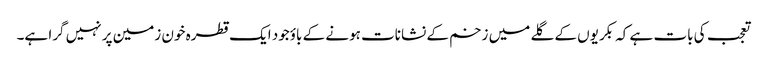
تعجب کی بات ہے کہ بکریوں کے گلے میں زخم کے نشانات ہونے کے باؤجود ایک قطرہ خون زمین پر نہیں گرا ہے۔